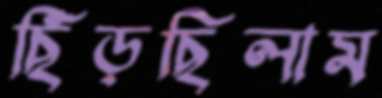
ছিঁড়ছিলাম